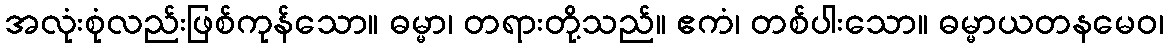
အလုံးစုံလည်းဖြစ်ကုန်သော။ ဓမ္မာ၊ တရားတို့သည်။ ဧကံ၊ တစ်ပါးသော။ ဓမ္မာယတနမေဝ၊